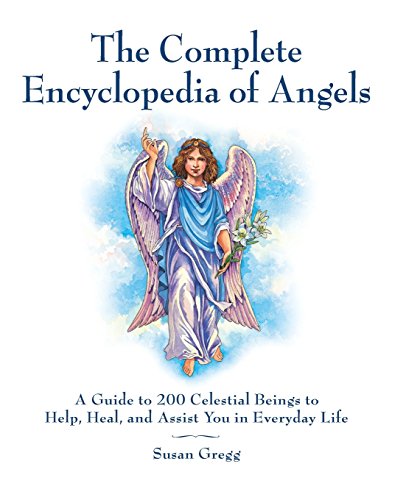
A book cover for The Complete Encyclopedia of Angels: A Guide to 200 Celestial Beings to Help, Heal, and Assist You in Everyday Life; Susan Gregg; Religion & Spirituality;